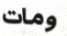
ومات